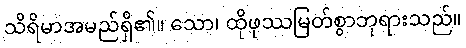
သိရိမာအမည်ရှိ၏။ သော၊ ထိုဖုဿမြတ်စွာဘုရားသည်။